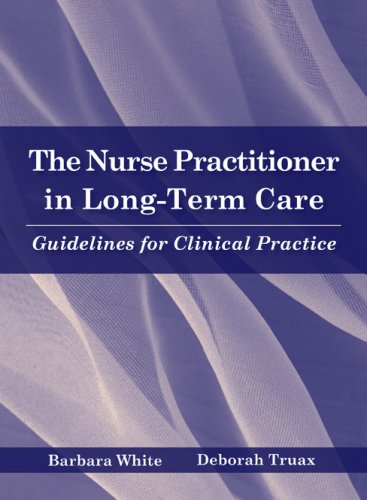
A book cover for The Nurse Practitioner in Long Term Care: Guidelines for Clinical Practice; Barbara White; Medical Books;